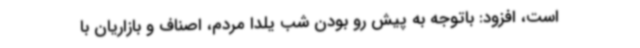
است، افزود: باتوجه به پیش رو بودن شب یلدا مردم، اصناف و بازاریان با